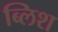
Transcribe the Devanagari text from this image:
ब्लिश